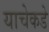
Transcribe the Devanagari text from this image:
याचेकडे